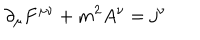
\partial _ { \mu } F ^ { \mu \nu } + m ^ { 2 } A ^ { \nu } = j ^ { \nu }